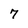
Character: 7